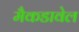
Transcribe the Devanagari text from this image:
मैकडावेल